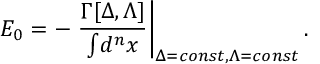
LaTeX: E _ { 0 } = - \left. \frac { \Gamma [ \Delta , \Lambda ] } { \int \! d ^ { n } x } \right| _ { \Delta = c o n s t , \Lambda = c o n s t } .